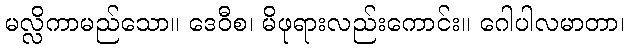
မလ္လိကာမည်သော။ ဒေဝီစ၊ မိဖုရားလည်းကောင်း။ ဂေါပါလမာတာ၊